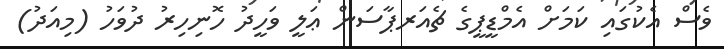
ވެސް އެކުގައި ކަމަށް އެމްޑީޕީގެ ޗެއަރޕާސަން ޢަލީ ވަހީދު ހޮނިހިރު ދުވަހު (މިއަދު)